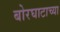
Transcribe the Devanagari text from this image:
बोरघाटाच्या